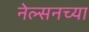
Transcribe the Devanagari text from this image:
नेल्सनच्या